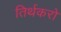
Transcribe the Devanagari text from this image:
तिर्थकरो